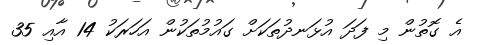
އެ ގޮތުން މި ފަދަ އުޅަނދުތަކަށް ގައުމުތަކުން އަހަރަކު 14 އާއި 35